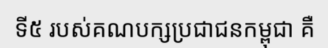
ទី៥ របស់គណបក្សប្រជាជនកម្ពុជា គឺ